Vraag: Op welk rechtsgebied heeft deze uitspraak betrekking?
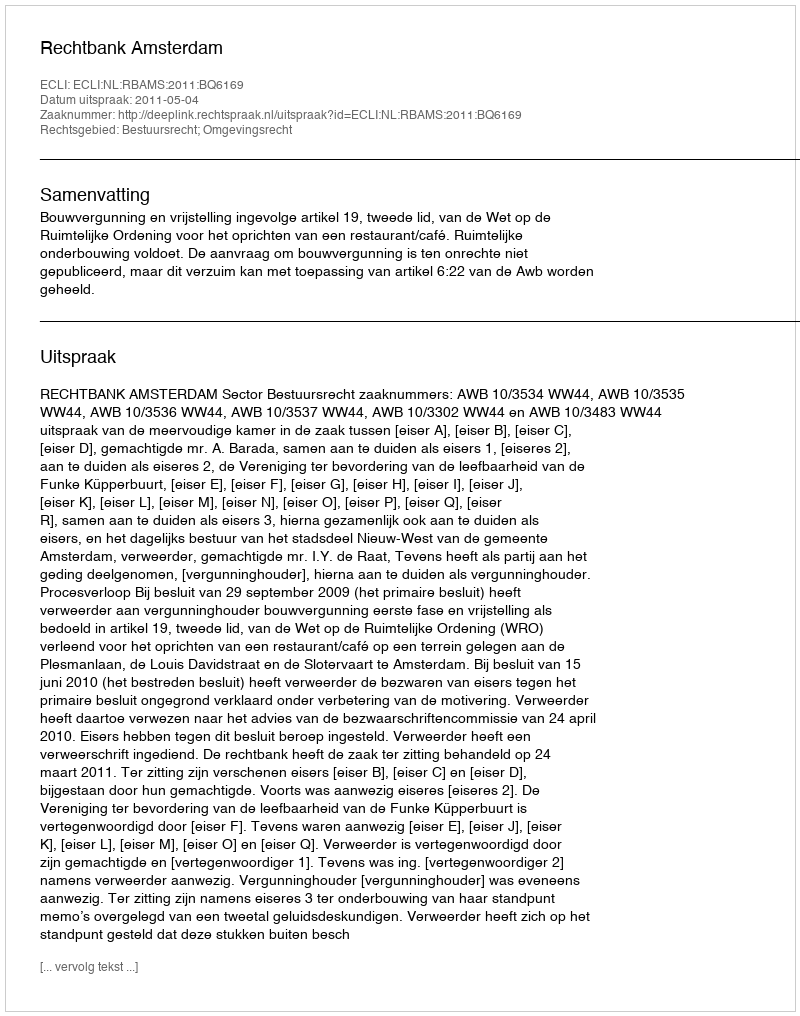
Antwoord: Bestuursrecht; Omgevingsrecht